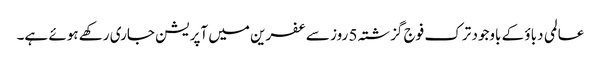
عالمی دباؤ کے باوجود ترک فوج گزشتہ 5 روز سے عفرین میں آپریشن جاری رکھے ہوئے ہے۔